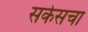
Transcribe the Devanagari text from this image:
सर्कसचा